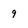
Character: 9